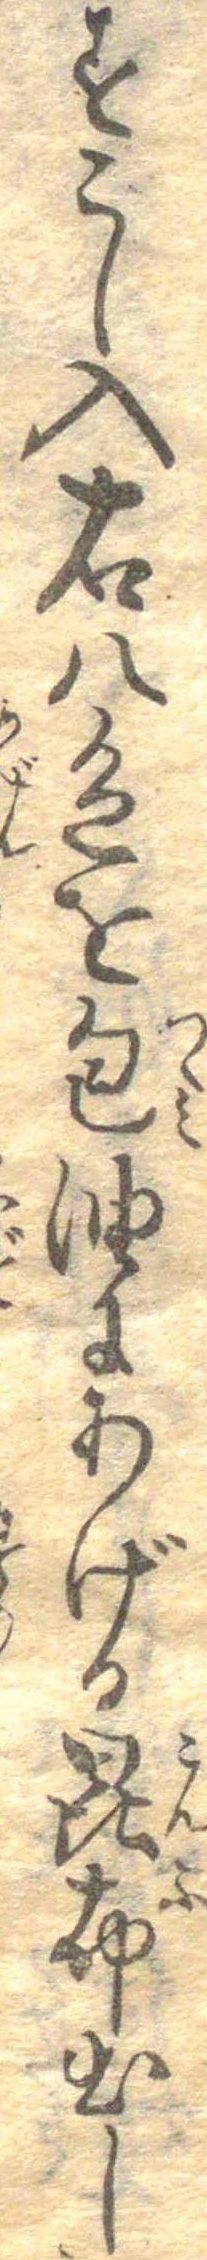
すこし入右八色を包油にあげる昆布出し